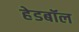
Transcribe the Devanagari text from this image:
हेडबॉल